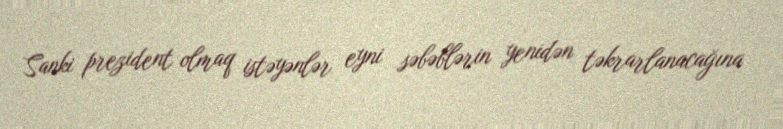
Sanki prezident olmaq istəyənlər eyni səbəblərin yenidən təkrarlanacağına